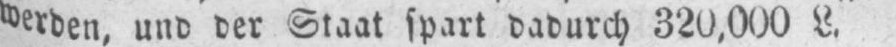
werden, und der Staat spart dadurch 320‚000 L.